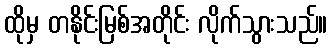
ထိုမှ တနိုင်းမြစ်အတိုင်း လိုက်သွားသည်။